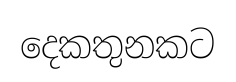
දෙකතුනකට